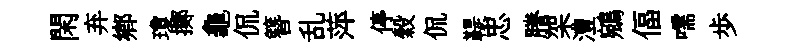
閑弃鄕瓊擲龜侃簪乱萍停穀侃鞮忠謄架澧鵷偪嚅歩